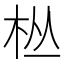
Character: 𱣉